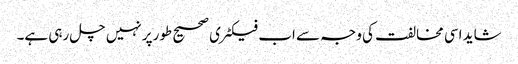
شاید اسی مخالفت کی وجہ سے اب فیکٹری صحیح طورپر نہیں چل رہی ہے۔